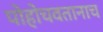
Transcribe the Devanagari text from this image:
पोहोचवतानाच